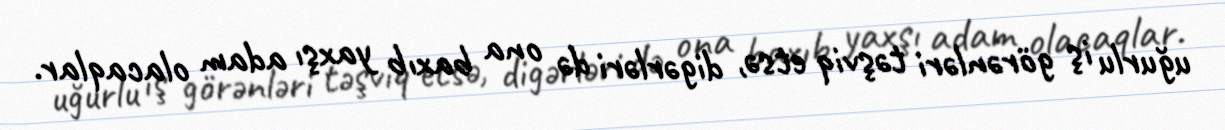
uğurlu iş görənləri təşviq etsə, digərləri də ona baxıb yaxşı adam olacaqlar.